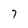
Character: 7